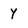
Character: y